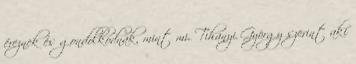
éreznek és gondolkodnak, mint mi. Tihanyi György szerint aki